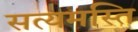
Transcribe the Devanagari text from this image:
सत्यमस्ति